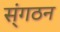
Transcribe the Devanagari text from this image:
स्ंगठन